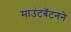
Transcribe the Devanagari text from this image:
माउंटबॅटनने